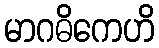
မာဂဓိကေဟိ